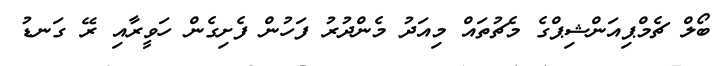
ބޯލް ޗެމްޕިއަންޝިޕްގެ މެޗުތައް މިއަދު މެންދުރު ފަހުން ފެށިގެން ހަވީރާއި ރޭ ގަނޑު